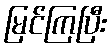
မြင်ကြပြီး